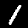
Label: 1